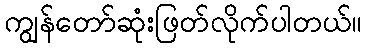
ကျွန်တော်ဆုံးဖြတ်လိုက်ပါတယ်။